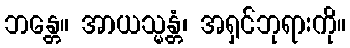
ဘန္တေ။ အာယသ္မန္တံ၊ အရှင်ဘုရားကို။